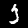
Label: 3